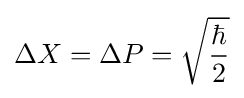
\Delta X=\Delta P={\sqrt {\frac {\hbar }{2}}}